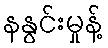
နနွင်းမှုန့်